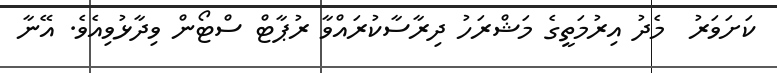
ކަށަވަރު  މެދު އިރުމަތީގެ މަޝްރަހު ދިރާސާކުރައްވާ ރުޕާޓް ސްޓޯން ވިދާޅުވިއެވެ. އޭނާ